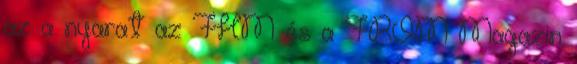
az a nyarat az FHM és a FROM Magazin